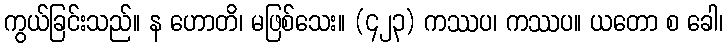
ကွယ်ခြင်းသည်။ န ဟောတိ၊ မဖြစ်သေး။ (၄၂၃) ကဿပ၊ ကဿပ။ ယတော စ ခေါ၊